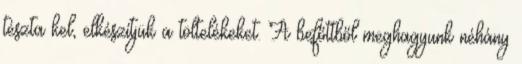
tészta kel, elkészítjük a töltelékeket. A befőttből meghagyunk néhány